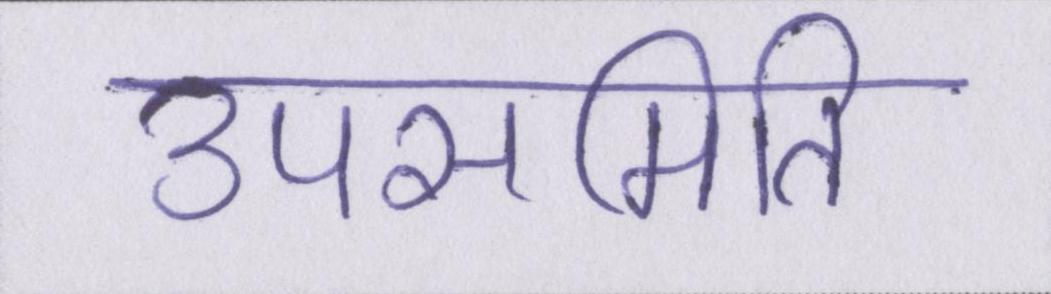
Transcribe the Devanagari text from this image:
उपसमिति